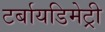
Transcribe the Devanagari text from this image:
टर्बायडिमेट्री